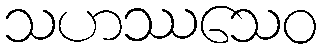
သဟဿသေဝ